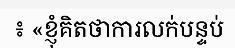
៖ «ខ្ញុំគិតថាការលក់បន្ទប់